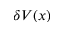
\delta V ( x )